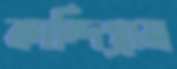
কান্দিগ্রাম